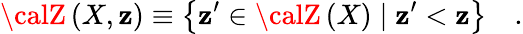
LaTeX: {\calZ}\left(X,\mathbf{z}\right)\equiv\left\{ \mathbf{z}^{\prime}\in{\calZ}\left(X\right)\mid\mathbf{z}^{\prime}<\mathbf{z}\right\} \quad.